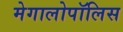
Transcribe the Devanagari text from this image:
मेगालोपॉलिस